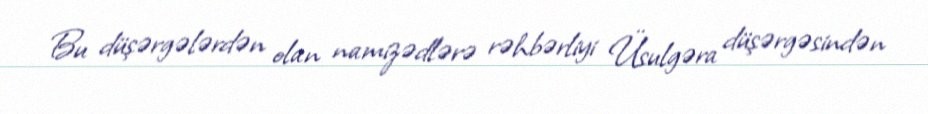
Bu düşərgələrdən olan namizədlərə rəhbərliyi Üsulgəra düşərgəsindən